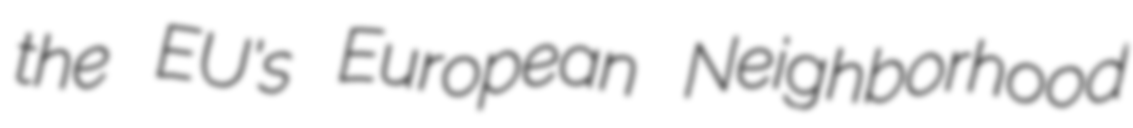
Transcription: the EU's European Neighborhood